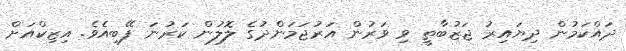
ދައްކަމުން ދިޔައިރު ޖަޒުބާތީ ވި ވަރުން އަރުޖަމަންދުގެ ލޮލުން ކަރުނަ ފޭބިއެވެ. އިޒިކްއަށް